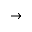
\rightarrow